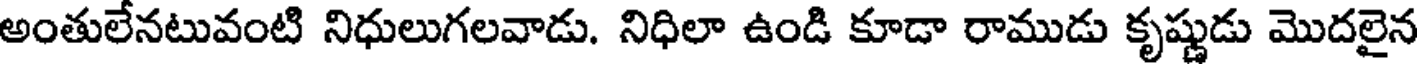
అంతులేనటువంటి నిధులుగలవాడు. నిధిలా ఉండి కూడా రాముడు కృష్ణుడు మొదలైన